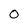
Character: O